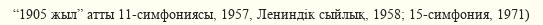
“1905 жыл” атты 11-симфониясы, 1957, Лениндік сыйлық, 1958; 15-симфония, 1971)